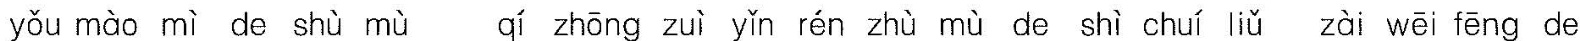
yǒu mào mì de shù mù qí zhōng zuì yǐn rén zhù mù de shì chuí liǔ zài wēi fēng de